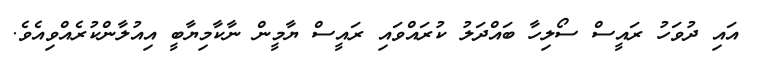
އައި ދުވަހު ރައީސް ސޯލިހާ ބައްދަލު ކުރައްވައި ރައީސް ޔާމީން ނާކާމިޔާބީ އިއުލާންކުރެއްވިއެވެ.